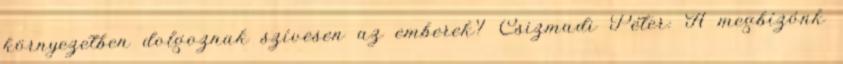
környezetben dolgoznak szívesen az emberek? Csizmadi Péter: A megbízónk